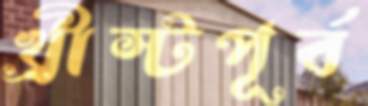
খ্রীস্টপূর্ব